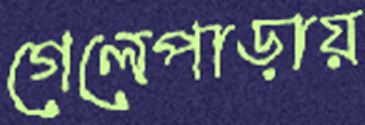
গেলেপাড়ায়